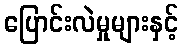
ပြောင်းလဲမှုများနှင့်